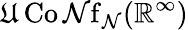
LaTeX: \operatorname{\mathfrak{U}Co\mathcal{N}f}_{\mathcal{N}}(\mathbb{{R}}^{\infty})